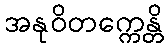
အနုဝိတက္ကေန္တိ